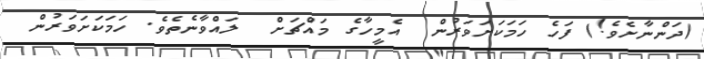
(ދަންނާށެވެ!) ފަހެ ހަމަކަށަވަރުން  އެމީހާގެ މައްޗަށް  ލައްވާނެތެވެ. ހަމަކަށަވަރުން